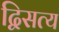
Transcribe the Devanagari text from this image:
द्विसत्य